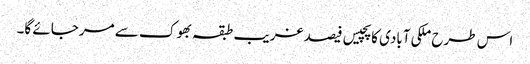
اس طرح ملکی آبادی کا پچیس فیصد غریب طبقہ بھوک سے مرجائے گا۔